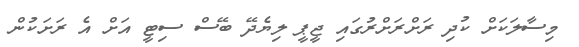
މިސާލަކަށް ކުދި ރަށްރަށްރުގައި ޖީޕީ ލިޔެދޭ ބޭސް ސިޓީ އަށް އެ ރަށަކުން